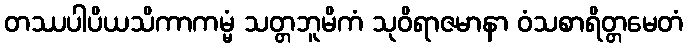
တဿပါပိယသိကာကမ္မံ သတ္တဘူမိကံ သုဝိရာဇမာနာ ဝံသစာရိတ္တမေတံ